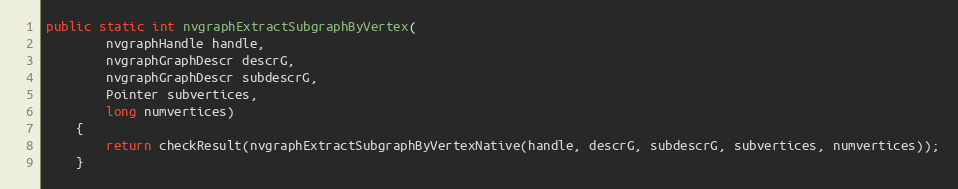
Language: Java
public static int nvgraphExtractSubgraphByVertex(
        nvgraphHandle handle,
        nvgraphGraphDescr descrG,
        nvgraphGraphDescr subdescrG,
        Pointer subvertices,
        long numvertices)
    {
        return checkResult(nvgraphExtractSubgraphByVertexNative(handle, descrG, subdescrG, subvertices, numvertices));
    }